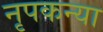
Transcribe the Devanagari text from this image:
नृपकन्या